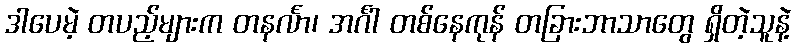
ဒါပေမဲ့ တပည့်များက တနင်္လာ၊ အင်္ဂါ တစ်နေကုန် တခြားဘာသာတွေ ရှိတဲ့သူနဲ့